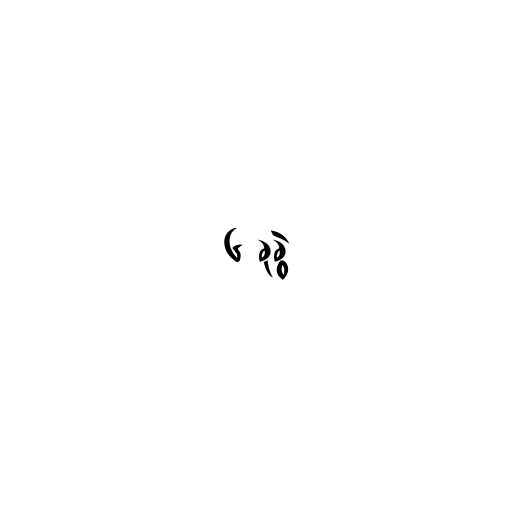
၆ ခုခွဲ